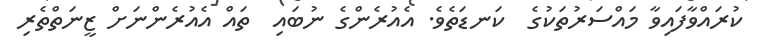
ކުރައްވާފައިވާ މައްސަރުތަކުގެ  ކަނޑަތެވެ. އެއުރެންގެ ނުބައި  ތައް އެއުރެންނަށް ޒީނަތްތެރި